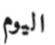
اليوم